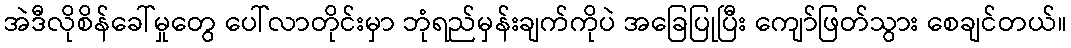
အဲဒီလိုစိန်ခေါ်မှုတွေ ပေါ်လာတိုင်းမှာ ဘုံရည်မှန်းချက်ကိုပဲ အခြေပြုပြီး ကျော်ဖြတ်သွား စေချင်တယ်။